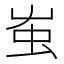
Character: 𧈪